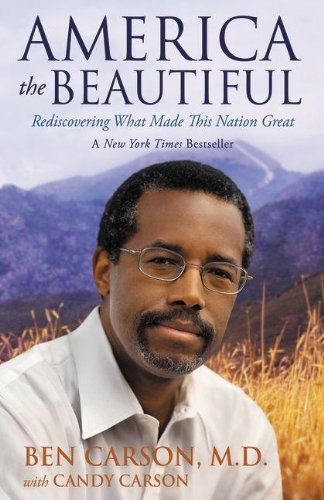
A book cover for America the Beautiful: Rediscovering What Made This Nation Great; Ben Carson  M.D.; Politics & Social Sciences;